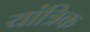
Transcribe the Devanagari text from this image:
यांत्रिक